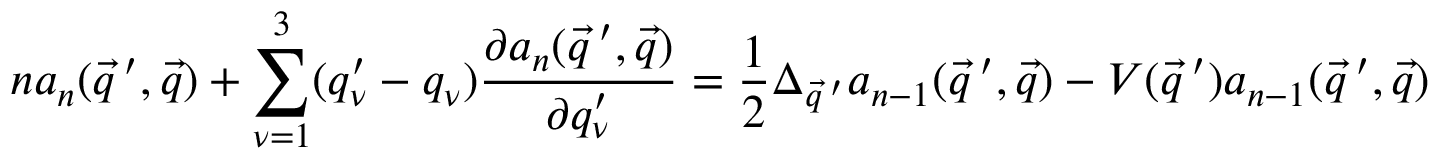
n a _ { n } ( \vec { q } \, ^ { \prime } , \vec { q } ) + \sum _ { \nu = 1 } ^ { 3 } ( q _ { \nu } ^ { \prime } - q _ { \nu } ) \frac { \partial a _ { n } ( \vec { q } \, ^ { \prime } , \vec { q } ) } { \partial q _ { \nu } ^ { \prime } } = \frac { 1 } { 2 } \Delta _ { \vec { q } \, ^ { \prime } } a _ { n - 1 } ( \vec { q } \, ^ { \prime } , \vec { q } ) - V ( \vec { q } \, ^ { \prime } ) a _ { n - 1 } ( \vec { q } \, ^ { \prime } , \vec { q } )